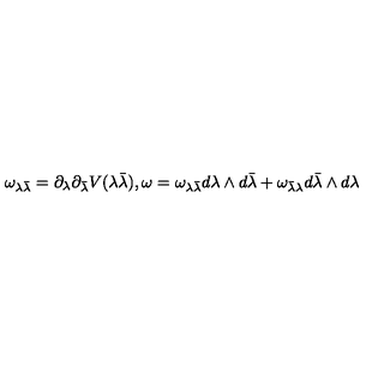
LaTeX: { \omega _ { \lambda { \bar { \lambda } } } } = { \partial _ { \lambda } } { \partial _ { \bar { \lambda } } } V ( \lambda { \bar { \lambda } } ) , \omega = { \omega _ { \lambda { \bar { \lambda } } } } d \lambda \wedge d { \bar { \lambda } } + { \omega _ { { \bar { \lambda } } { \lambda } } } d { \bar { \lambda } } \wedge d { \lambda }